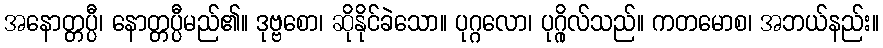
အနောတ္တပ္ပီ၊ နောတ္တပ္ပီမည်၏။ ဒုဗ္ဗစော၊ ဆိုနိုင်ခဲသော။ ပုဂ္ဂလော၊ ပုဂ္ဂိုလ်သည်။ ကတမောစ၊ အဘယ်နည်း။